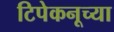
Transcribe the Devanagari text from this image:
टिपेकनूच्या